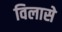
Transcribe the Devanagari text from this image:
विलासे